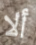
ألا